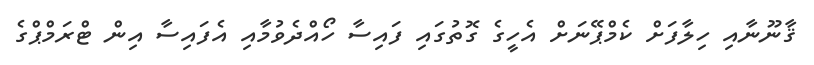
ޤާނޫނާއި ހިލާފަށް ކެމްޕޭނަށް އެހީގެ ގޮތުގައި ފައިސާ ހޯއްދެވުމާއި އެފައިސާ އިން ޓްރަމްޕްގެ